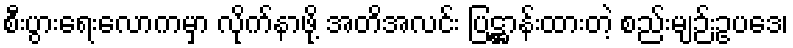
စီးပွားရေးလောကမှာ လိုက်နာဖို့ အတိအလင်း ပြဋ္ဌာန်းထားတဲ့ စည်းမျဉ်းဥပဒေ၊